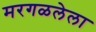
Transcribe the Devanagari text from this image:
मरगळलेला